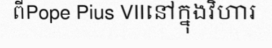
ពីPope Pius VIIនៅក្នុងវិហារ